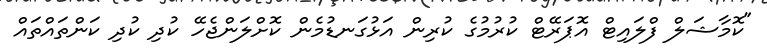
"ކޮމާޝަލް ފްލައިޓް އޮޕަރޭޓް ކުރުމުގެ ކުރިން އަޅުގަނޑުމެން ކޮށްލަންޖެހޭ ކުދި ކުދި ކަންތައްތައް